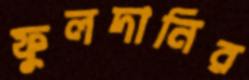
ফুলদানির